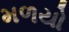
મળયો